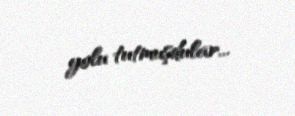
yolu tutmuşdular...